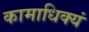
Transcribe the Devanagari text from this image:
कामाधिक्यं